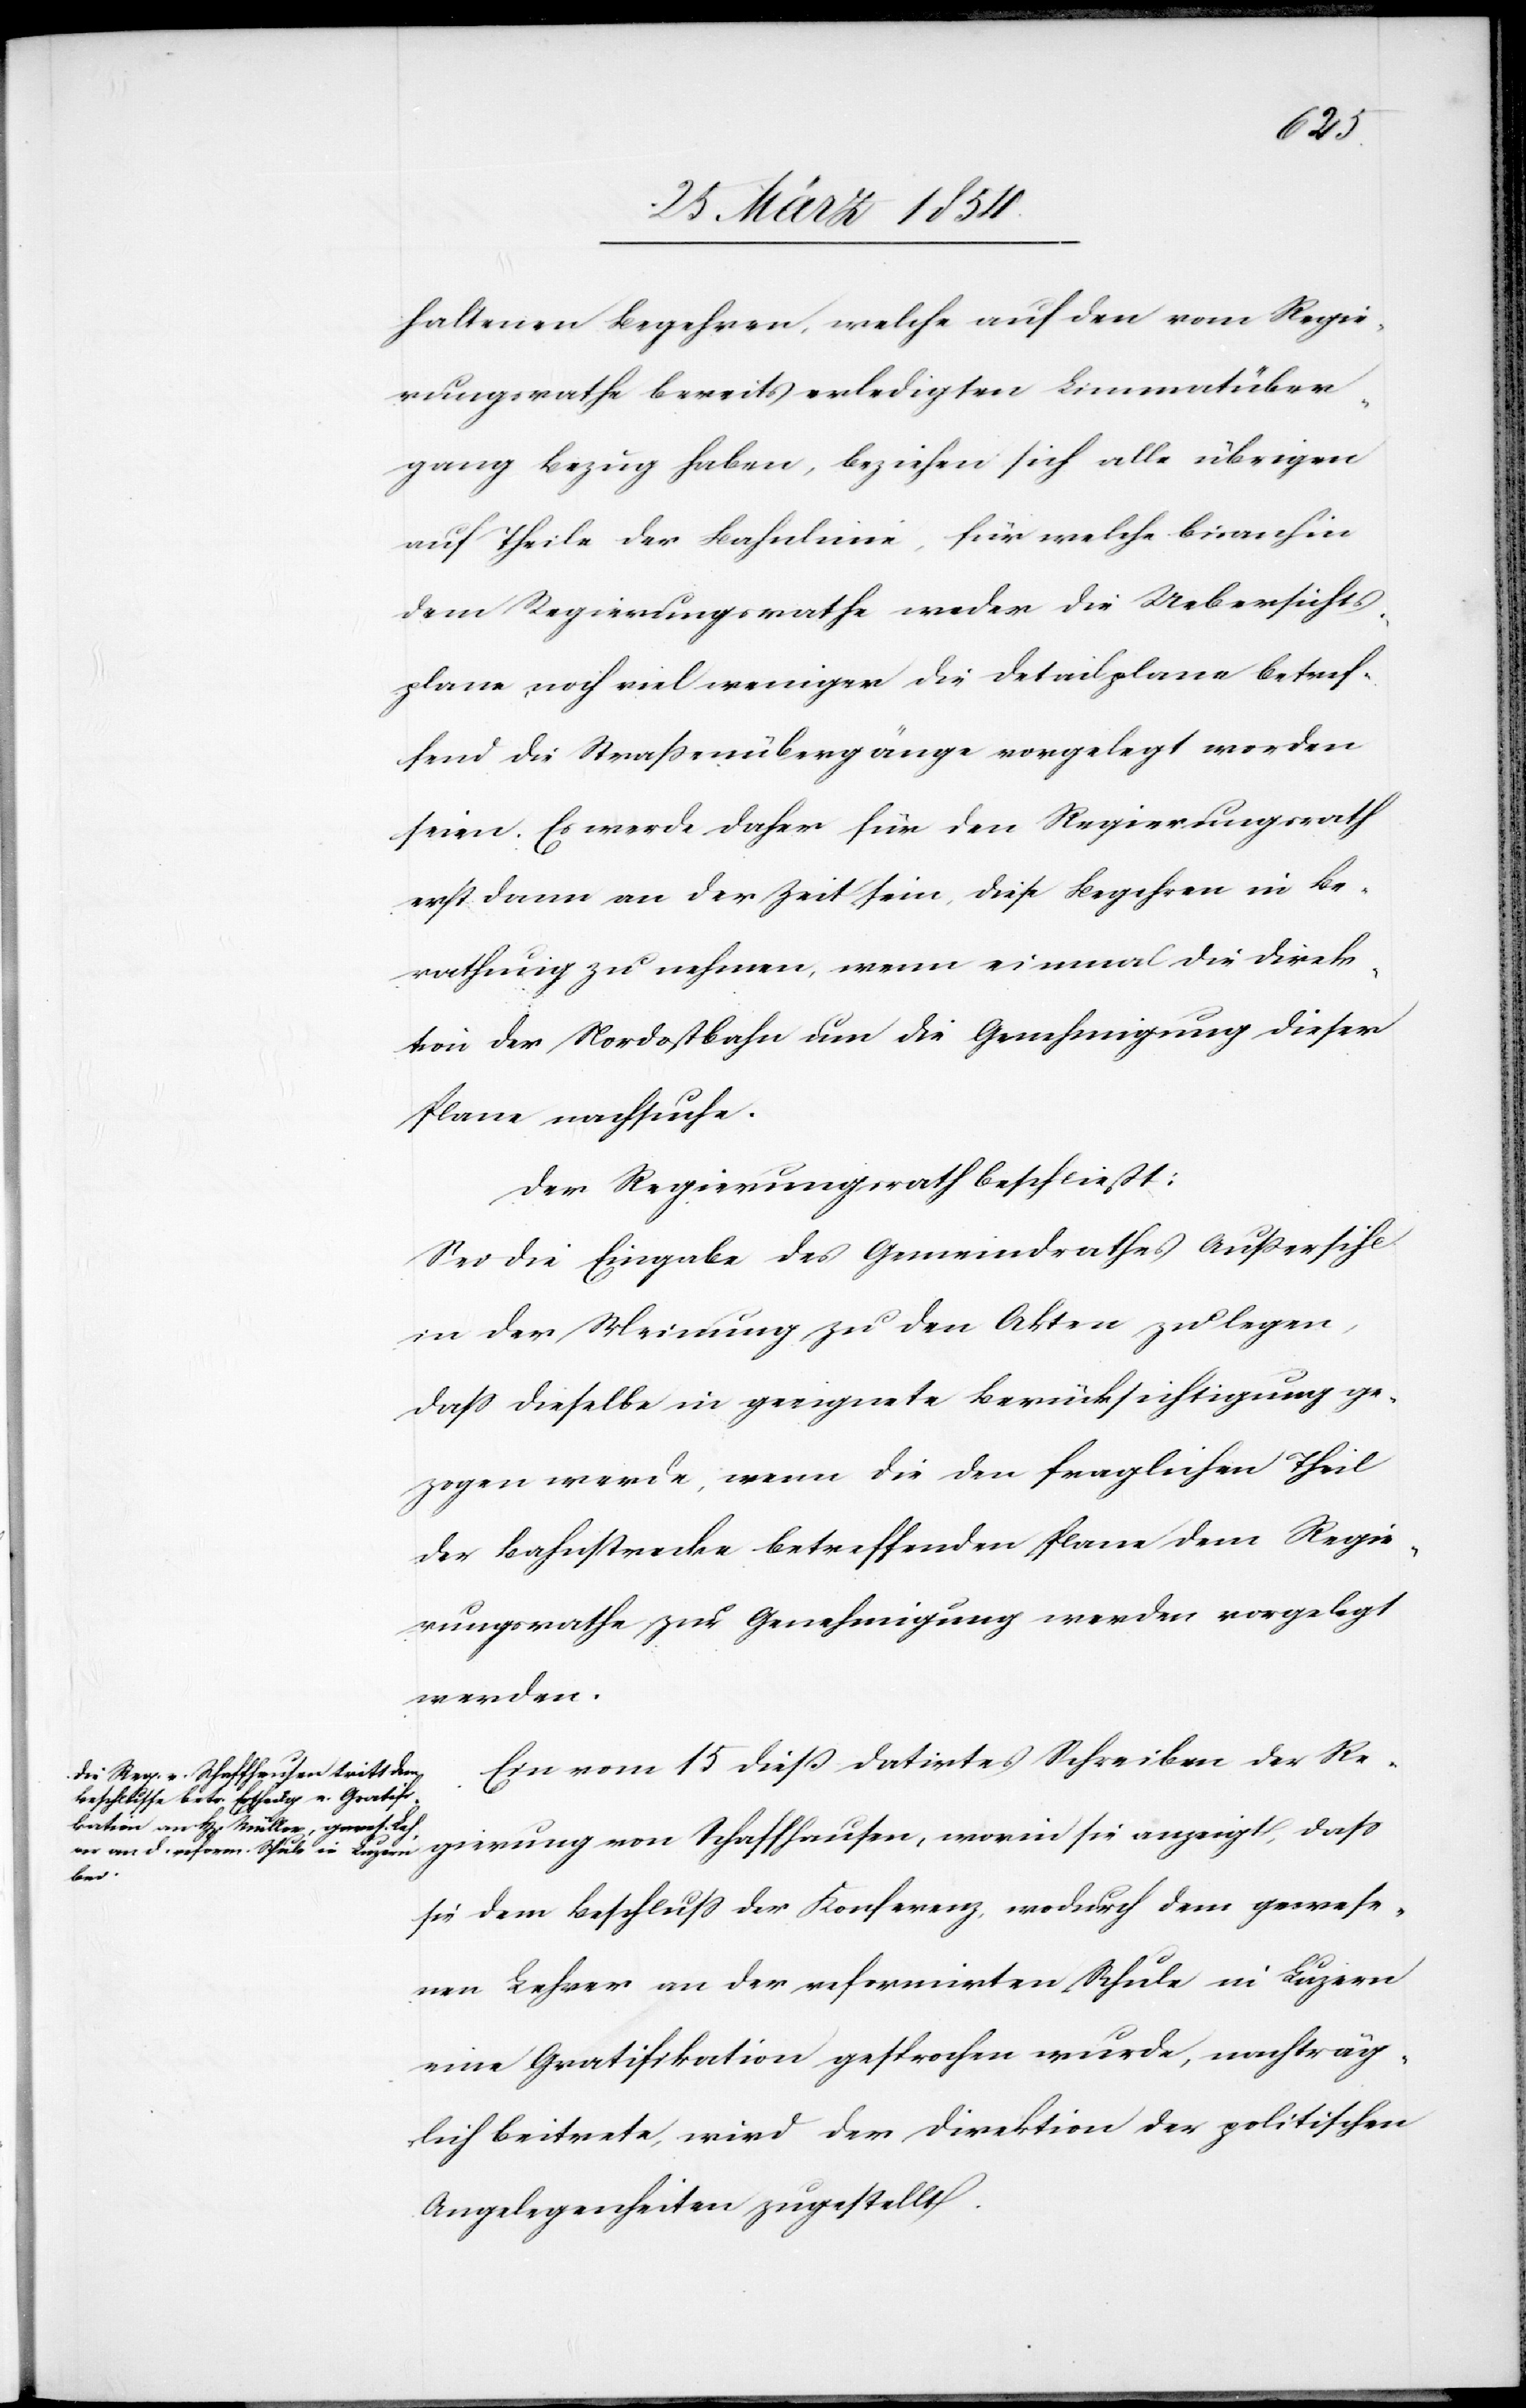
haltenen Begehren, welche auf den vom Regie¬
rungsrathe bereits erledigten Limmatüber¬
gang Bezug haben, beziehen sich alle übrigen
auf Theile der Bahnlinie, für welche bisanhin
dem Regierungsrathe weder die Uebersichts¬
plane, noch viel weniger die Detailplane betref¬
fend die Straßenübergänge vorgelegt worden
seien. Es werde daher für den Regierungsrath
erst dann an der Zeit sein, diese Begehren in Be¬
rathung zu nehmen, wenn einmal die Direk¬
tion der Nordostbahn um die Genehmigung dieser
Plane nachsuche.
Der Regierungsrath beschließt:
Sei die Eingabe des Gemeindrathes Außersihl
in der Meinung zu den Akten zu legen,
daß dieselben in geeignete Berücksichtigung ge¬
zogen werde, wenn die den fraglichen Theil
der Bahnstrecke betreffenden Plane dem Regie¬
rungsrathe zur Genehmigung werden vorgelegt
werden.
Ein vom 15 dieß datirtes Schreiben der Re¬
gierung von Schaffhausen, worin sie anzeigt, daß
sie dem Beschluß der Konferenz, wodurch dem gewese¬
nen Lehrer an der reformirten Schule in Luzern
eine Gratifikation gesprochen wurde, nachträg¬
lich beitrete, wird der Direktion der politischen
Angelegenheiten zugestellt.